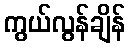
ကွယ်လွန်ချိန်